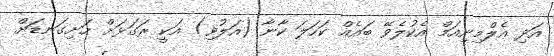
އަދި އެލްމިނިއަމް އެކުލެވޭ ބައެއް ކަހަލަ ކާނާ (އަލުވި) އަކީ ރަގަޅަށް ހަށިގަނޑަށް